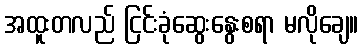
အထူးတလည် ငြင်းခုံဆွေးနွေးစရာ မလိုချေ။